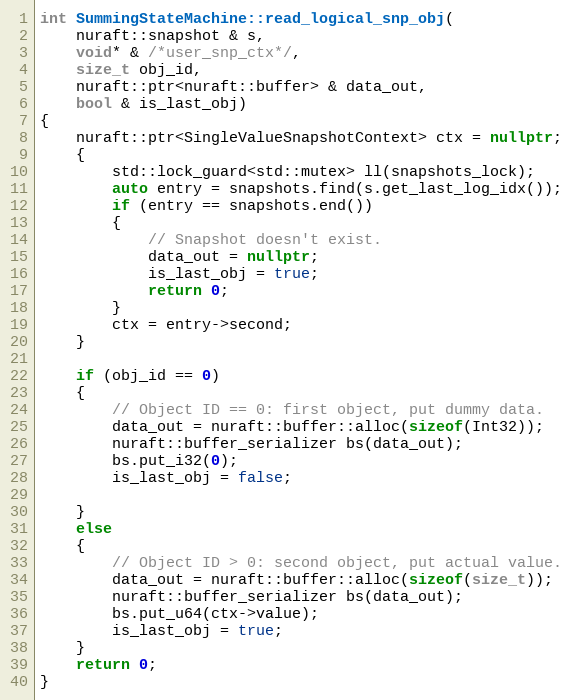
Language: C++
int SummingStateMachine::read_logical_snp_obj(
    nuraft::snapshot & s,
    void* & /*user_snp_ctx*/,
    size_t obj_id,
    nuraft::ptr<nuraft::buffer> & data_out,
    bool & is_last_obj)
{
    nuraft::ptr<SingleValueSnapshotContext> ctx = nullptr;
    {
        std::lock_guard<std::mutex> ll(snapshots_lock);
        auto entry = snapshots.find(s.get_last_log_idx());
        if (entry == snapshots.end())
        {
            // Snapshot doesn't exist.
            data_out = nullptr;
            is_last_obj = true;
            return 0;
        }
        ctx = entry->second;
    }

    if (obj_id == 0)
    {
        // Object ID == 0: first object, put dummy data.
        data_out = nuraft::buffer::alloc(sizeof(Int32));
        nuraft::buffer_serializer bs(data_out);
        bs.put_i32(0);
        is_last_obj = false;

    }
    else
    {
        // Object ID > 0: second object, put actual value.
        data_out = nuraft::buffer::alloc(sizeof(size_t));
        nuraft::buffer_serializer bs(data_out);
        bs.put_u64(ctx->value);
        is_last_obj = true;
    }
    return 0;
}